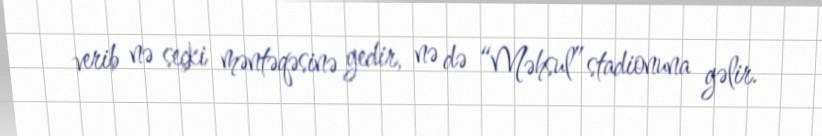
verib nə seçki məntəqəsinə gedir, nə də “Məhsul” stadionuna gəlir.